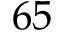
6 5